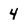
Character: 4